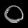
Digit: ၀